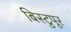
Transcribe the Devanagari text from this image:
बिस्टुपूर